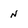
Character: N